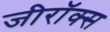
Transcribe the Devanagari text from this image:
जीराॅक्स